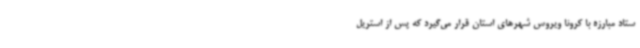
ستاد مبارزه با کرونا ویروس شهرهای استان قرار می‌گیرد که پس از استریل